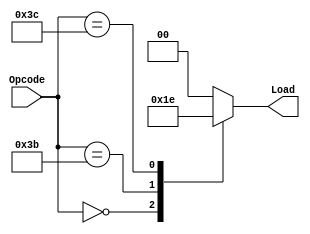
`timescale 1ns / 1ps
//////////////////////////////////////////////////////////////////////////////////
// Company: 
// Engineer: 
// 
// Design Name: 
// Module Name:    LoadSave_Dec 
// Project Name: 
// Target Devices: 
// Tool versions: 
// Description: 
//
// Dependencies: 
//
// Revision: 
// Revision 0.01 - File Created
// Additional Comments: 
//
//////////////////////////////////////////////////////////////////////////////////
module LoadSave_Dec(
		input [5:0] Opcode,
		output [1:0] Load
    );
	 
	 reg [1:0] loady;
	 
	always @(Opcode) begin
	
	casez (Opcode)
	6'b000000: loady = 2'b01;
	6'b111011: loady = 2'b11;
	6'b111100: loady = 2'b10;
	default: loady = 2'b00;
	endcase
	end
	assign Load = loady;
	


endmodule